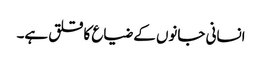
انسانی جانوں کے ضیاع کا قلق ہے۔